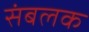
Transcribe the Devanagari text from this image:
संबलक